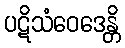
ပဋိသံဝေဒေန္တိ